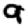
Digit: 9